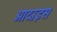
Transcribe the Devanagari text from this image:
आदाइस